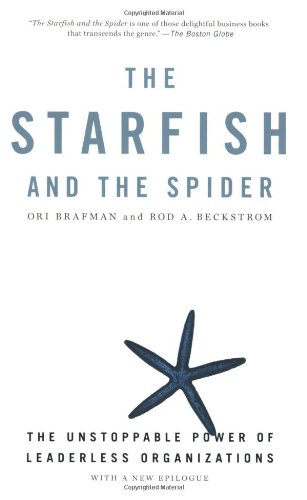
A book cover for The Starfish and the Spider: The Unstoppable Power of Leaderless Organizations; Ori Brafman; Business & Money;